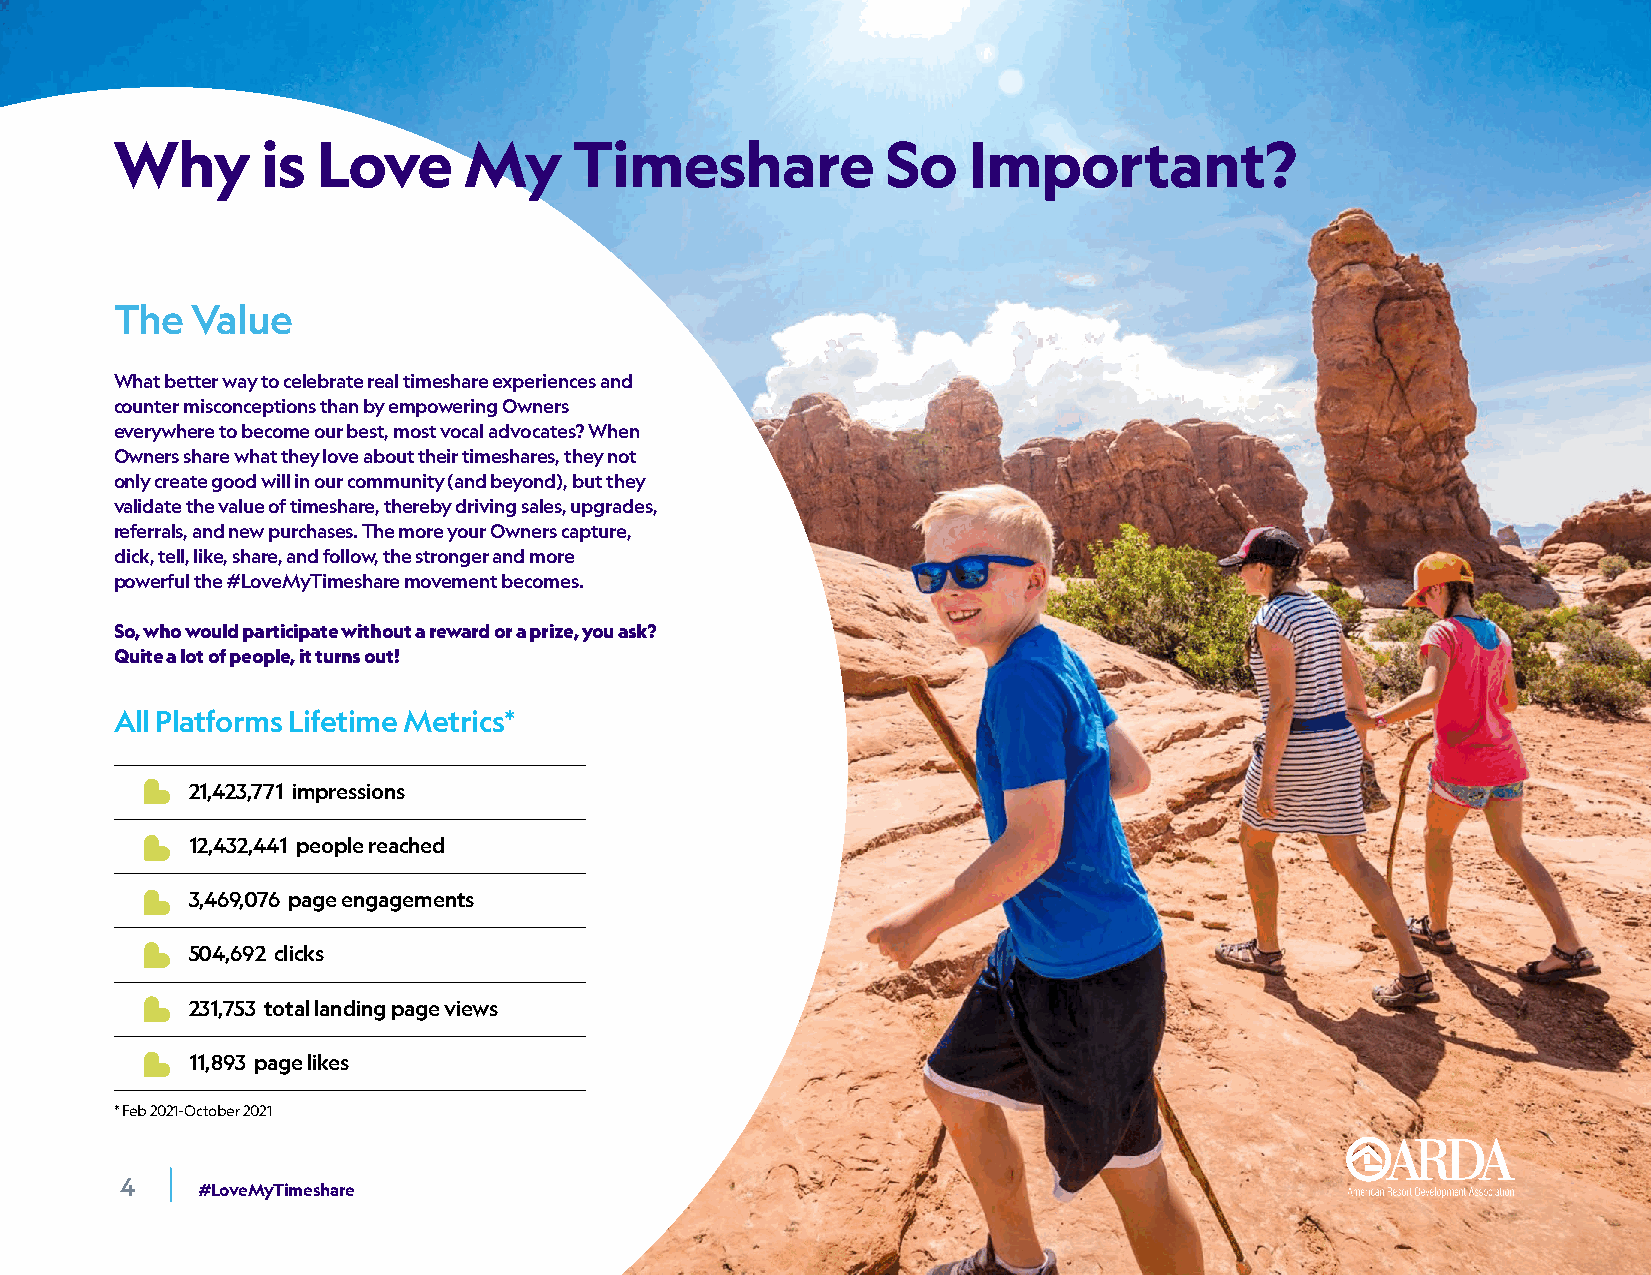
Why      is  Love      My     Timeshare            So   Important?
 The  Value
 What better way to celebrate real timeshare experiences and
 counter misconceptions than by empowering Owners
 everywhere to become our best, most vocal advocates? When
 Owners share what they love about their timeshares, they not
 only create good will in our community (and beyond), but they
 validate the value of timeshare, thereby driving sales, upgrades,
 referrals, and new purchases. The more your Owners capture,
 click, tell, like, share, and follow, the stronger and more
 powerful the #LoveMyTimeshare movement becomes.
 So, who would participate without a reward or a prize, you ask?
 Quite a lot of people, it turns out!
 All Platforms Lifetime Metrics*
 21,423,771 impressions
 12,432,441 people reached
 3,469,076 page engagements
 504,692 clicks
 231,753 total landing page views
 11,893 page likes
 * Feb 2021-October 2021
 4    #LoveMyTimeshare